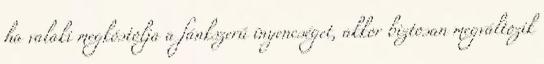
ha valaki megkóstolja a fánkszerű ínyencséget, akkor biztosan megváltozik